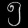
Digit: ၅